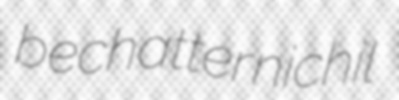
bechatter nichil